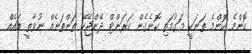
ކޮންމެ ކޮންމެ ތަނަކީ މަގުމަތި ކޮނެގެން ކަރަންޓް ދޭންޖެހޭ ތަންތަނެއް ނުވާތީ ބައެއް